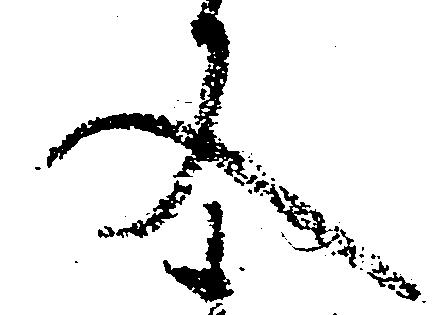
文